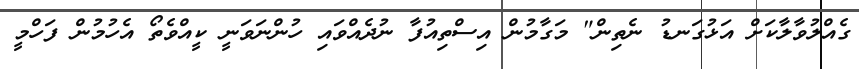
ގެއްލުވާލާކަށް އަޅުގަނޑު ނެތިން" މަގާމުން އިސްތިއުފާ ނުދެއްވައި ހުންނަވަނީ ކީއްވެތޯ އެހުމުން ފަހްމީ